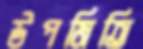
উপমিতি